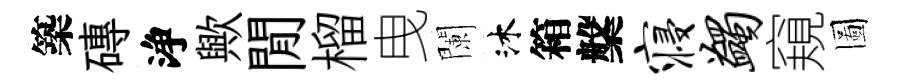
築磚浄歟閒榴曳闌沐箱槃寝蠲窺圖